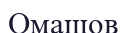
Омашов